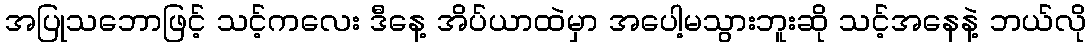
အပြုသဘောဖြင့် သင့်ကလေး ဒီနေ့ အိပ်ယာထဲမှာ အပေါ့မသွားဘူးဆို သင့်အနေနဲ့ ဘယ်လို